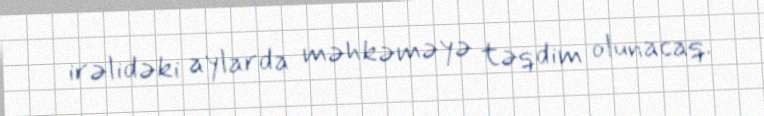
irəlidəki aylarda məhkəməyə təqdim olunacaq.